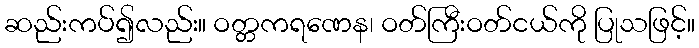
ဆည်းကပ်၍လည်း။ ဝတ္တကရဏေန၊ ဝတ်ကြီးဝတ်ငယ်ကို ပြုသဖြင့်။